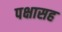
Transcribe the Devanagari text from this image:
पक्षासह